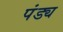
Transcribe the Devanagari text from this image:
पंड्य